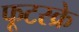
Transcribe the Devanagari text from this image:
फूटस्क्रे